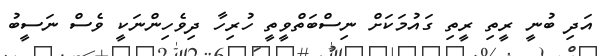
އަދި ބުނީ ރީތި ރީތި ގައުމަކަށް ނިސްބަތްވީތީ ހުރިހާ ދިވެހިންނަކީ ވެސް ނަސީބު